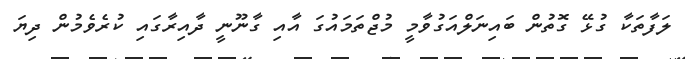
ލަފާތަކާ ގުޅޭ ގޮތުން ބައިނަލްއަގުވާމީ މުޖްތަމައުގަ އާއި ގާނޫނީ ދާއިރާގައި ކުރެވެމުން ދިޔަ